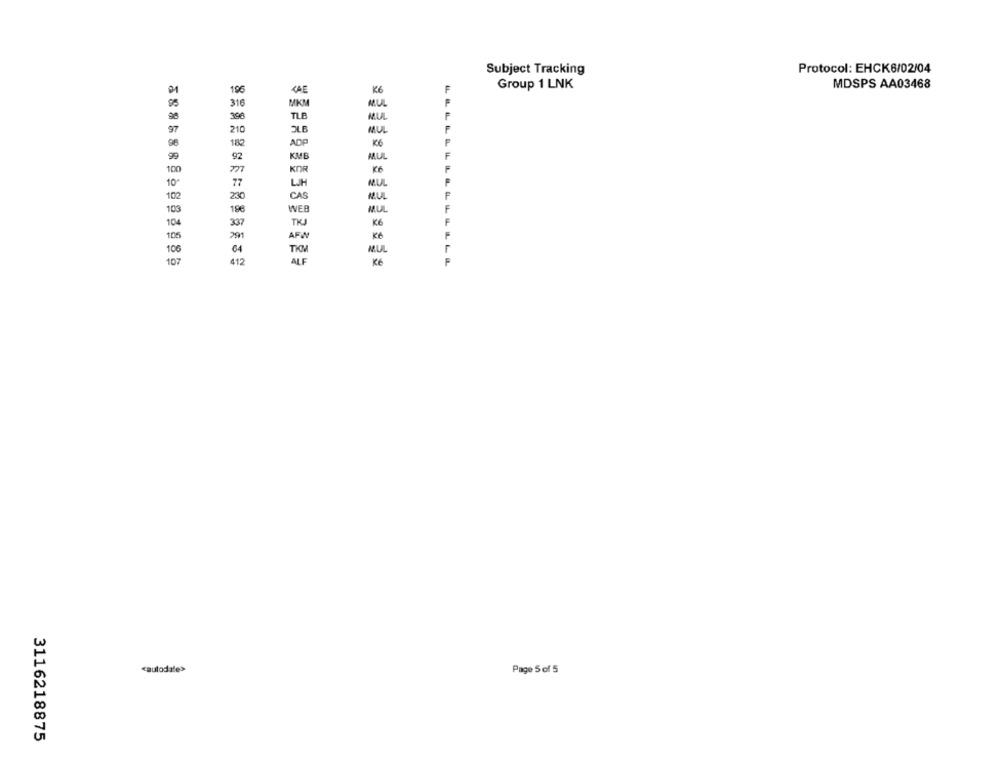
Protocol: EHCK6/02/04
Subject Tracking
196
KAE
K6
Group 1 LNK
MDSPS AA03468
316
MIKM
MUL
396
TLB
MUL
97
3LB
MUL
210
se
182
ADP
K6
99
92
KMB
MUL
100
m
KOR
KG
10-
MLUL
77
102
230
CAS
MUL
103
196
WEB
MUL
104
337
TKJ
K6
105
291
AFW
Kč
10
64
THOM
MUL
LLLLLLLLELLLLL
10:
412
ALF
Ké
cautodate>
Page 5 of 5
3116218875